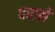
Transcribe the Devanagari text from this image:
दवामें